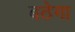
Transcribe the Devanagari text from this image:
बठेगा